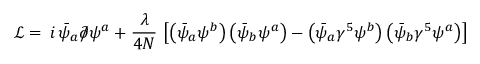
{ \mathcal { L } } = \, i \, { \bar { \psi } } _ { a } \partial \! \! \! / \psi ^ { a } + { \frac { \lambda } { 4 N } } \, \left[ \left( { \bar { \psi } } _ { a } \psi ^ { b } \right) \left( { \bar { \psi } } _ { b } \psi ^ { a } \right) - \left( { \bar { \psi } } _ { a } \gamma ^ { 5 } \psi ^ { b } \right) \left( { \bar { \psi } } _ { b } \gamma ^ { 5 } \psi ^ { a } \right) \right]